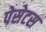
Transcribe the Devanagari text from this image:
पेसेटस